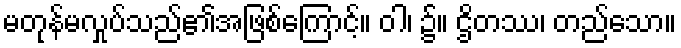
မတုန်မလှုပ်သည်၏အဖြစ်ကြောင့်။ ဝါ၊ ၌။ ဌိတဿ၊ တည်သော။